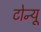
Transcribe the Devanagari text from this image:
टोन्यू